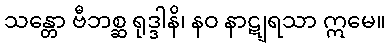
သန္တော ဗီဘစ္ဆ ရုဒ္ဒါနိ၊ နဝ နာဋျရသာ ဣမေ။